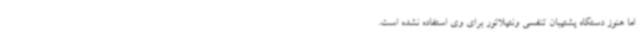
اما هنوز دستگاه پشتیبان تنفسی ونتیلاتور برای وی استفاده نشده است.